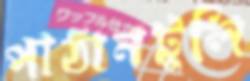
পাঠানটুলি